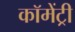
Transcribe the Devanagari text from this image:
कॉमेंट्री